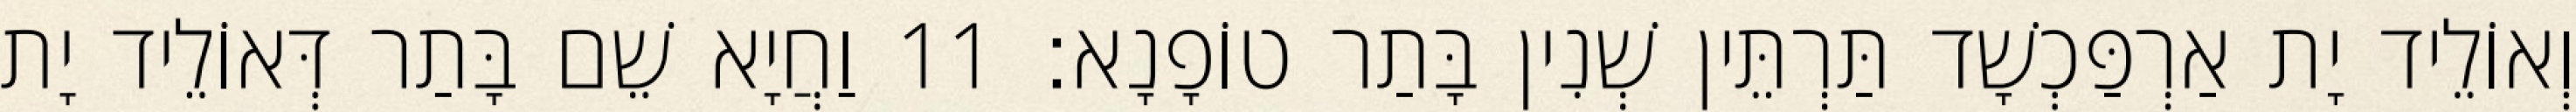
וְאוֹלֵיד יָת אַרְפַּכְשָׁד תַּרְתֵּין שְׁנִין בָּתַר טוֹפָנָא׃ 11 וַחֲיָא שֵׁם בָּתַר דְּאוֹלֵיד יָת